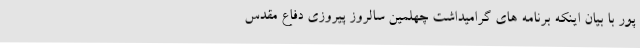
پور با بیان اینکه برنامه های گرامیداشت چهلمین سالروز پیروزی دفاع مقدس